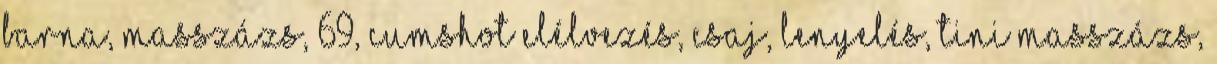
Barna, Masszázs, 69, Cumshot Elélvezés, Csaj, Lenyelés, Tini Masszázs,